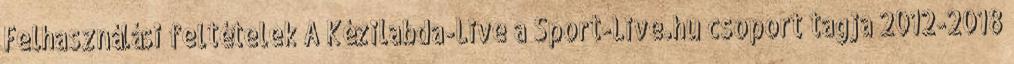
Felhasználási feltételek A Kézilabda-Live a Sport-Live.hu csoport tagja 2012-2018